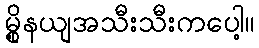
မွို့နယျအသီးသီးကပေါ့။